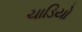
ચાડિયો